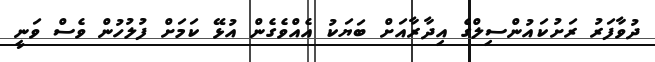
ދުވާފަރު ރަށުކައުންސިލްގެ އިދާރާއަށް ބަޔަކު އެއްވެގެން އުޅޭ ކަމަށް ފުލުހުން ވެސް ވަނީ